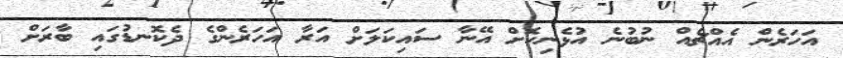
އަހަރެން އެއްޗެއް ނުބުނެ އުޅެނިކޮށް އޭނާ ސައިކަލަށް އަރާ އަހަރެންގެ ދެކޮނޑުގައި ބާރަށް